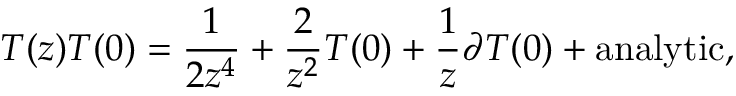
T ( z ) T ( 0 ) = \frac { 1 } { 2 z ^ { 4 } } + \frac { 2 } { z ^ { 2 } } T ( 0 ) + \frac { 1 } { z } \partial T ( 0 ) + \mathrm { a n a l y t i c } ,